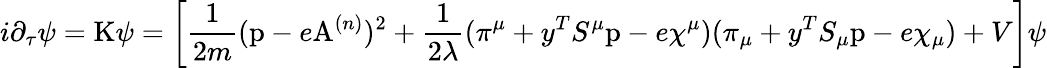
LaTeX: i\partial_{\tau}\psi=\mathrm{K}\psi=\left[\frac{1}{2m}(\mathrm{p}-e\mathrm{A}^{(n)})^{2}+\frac{1}{2\lambda}(\pi^{\mu}+y^{T}S^{\mu}\mathrm{p}-e\chi^{\mu})(\pi_{\mu}+y^{T}S_{\mu}\mathrm{p}-e\chi_{\mu})+V\right]\psi